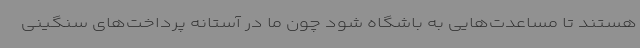
هستند تا مساعدت‌هایی به باشگاه شود چون ما در آستانه پرداخت‌های سنگینی